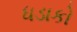
ધડાકો